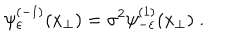
\psi _ { \varepsilon } ^ { ( - 1 ) } ( x _ { \perp } ) = \sigma ^ { 2 } \psi _ { - \varepsilon } ^ { ( 1 ) } ( x _ { \perp } ) \; .